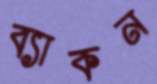
ব্যাকন